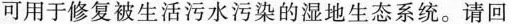
可用于修复被生活污水污染的湿地生态系统。请回